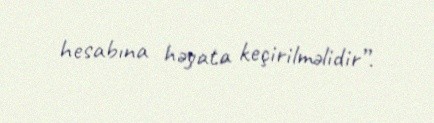
hesabına həyata keçirilməlidir”.